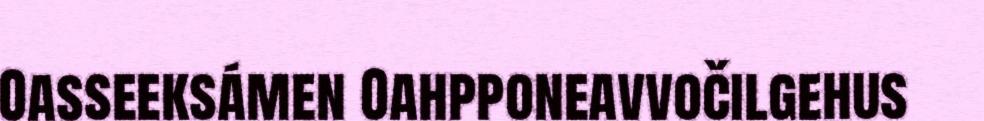
Oasseeksámen Oahpponeavvočilgehus